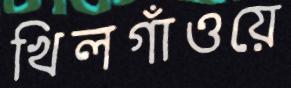
খিলগাঁওয়ে